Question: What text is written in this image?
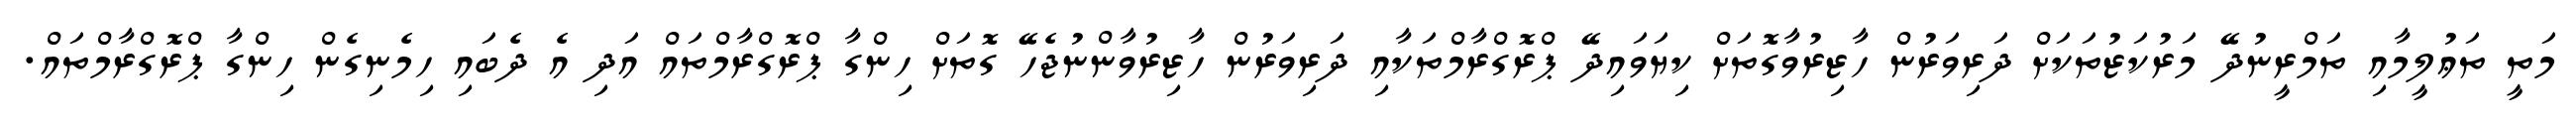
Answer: މަތީ ތަޢުލީމާއި ތަމްރީނުދޭ މަރުކަޒުތަކަށް ދަރިވަރުން ހާޒިރުވާގޮތަށް ކިޔަވައިދޭ ޕްރޮގްރާމްތަކާއި ދަރިވަރުން ހާޒިރުވާންނުޖެހޭ ގޮތަށް ހިންގާ ޕްރޮގްރާމްތައް އަދި އެ ދެބައި ހިމެނިގެން ހިންގާ ޕްރޮގްރާމްތައް.